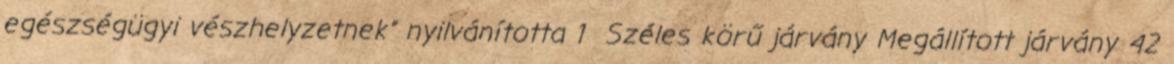
egészségügyi vészhelyzetnek” nyilvánította 1 Széles körű járvány Megállított járvány 42